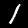
Digit: 1